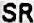
SR